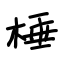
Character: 棰